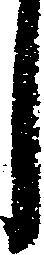
し